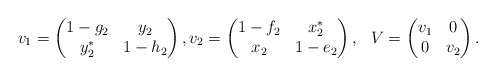
\begin{align*} v_1= \begin{pmatrix} 1-g_2 & y_2 \\ y_2^* & 1-h_2 \end{pmatrix},v_2 = \begin{pmatrix} 1-f_2 & x_2^* \\ x_2 & 1-e_2 \end{pmatrix} , \, \, \,\, V= \begin{pmatrix} v_1 & 0 \\ 0 & v_2 \end{pmatrix}. \end{align*}